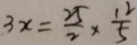
3 x = \frac { 2 5 } { 2 } \times \frac { 1 2 } { 5 }